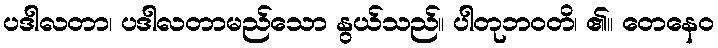
ပဒါလတာ၊ ပဒါလတာမည်သော နွယ်သည်။ ပါတုဘဝတိ၊ ၏။ တေနေဝ